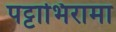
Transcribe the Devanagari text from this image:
पट्टाभिरामा